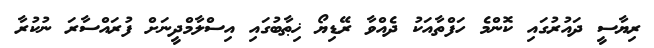
ރިޔާސީ ދައުރުގައި ކޮންމެ ހަފްތާއަކު ދެއްވާ ރޭޑިޔޯ ޚިޠާބުގައި އިސްލާމްދީނަށް ފުރައްްސާރަ ނުކުރާ